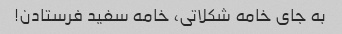
به جای خامه شکلاتی، خامه سفید فرستادن!